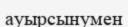
ауырсынумен